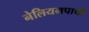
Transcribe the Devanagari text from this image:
नेलियमपाथी